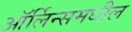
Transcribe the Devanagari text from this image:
ऑर्लिन्समधील